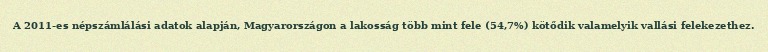
A 2011-es népszámlálási adatok alapján, Magyarországon a lakosság több mint fele (54,7%) kötődik valamelyik vallási felekezethez.